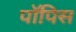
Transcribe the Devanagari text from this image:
पॉपिस